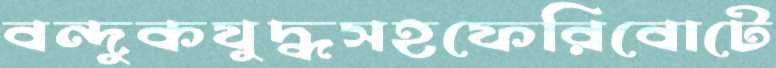
বন্দুকযুদ্ধসহফেরিবোটে